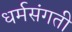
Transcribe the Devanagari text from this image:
धर्मसंगती